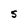
Character: S